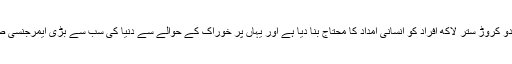
اس جنگ کے باعث دو کروڑ ستر لاکھ افراد کو انسانی امداد کا محتاج بنا دیا ہے اور یہاں پر خوراک کے حوالے سے دنیا کی سب سے بڑی ایمرجنسی صورتحال پیدا ہو گئی۔